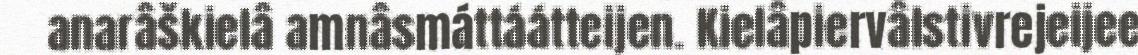
anarâškielâ amnâsmáttáátteijen. Kielâpiervâlstivrejeijee